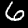
Label: 6